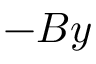
- B y